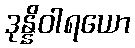
ဒုန္နိဝါရယော